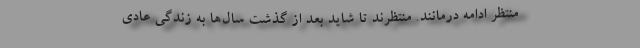
منتظر ادامه درمانند. منتظرند تا شاید بعد از گذشت سال‌ها به زندگی عادی